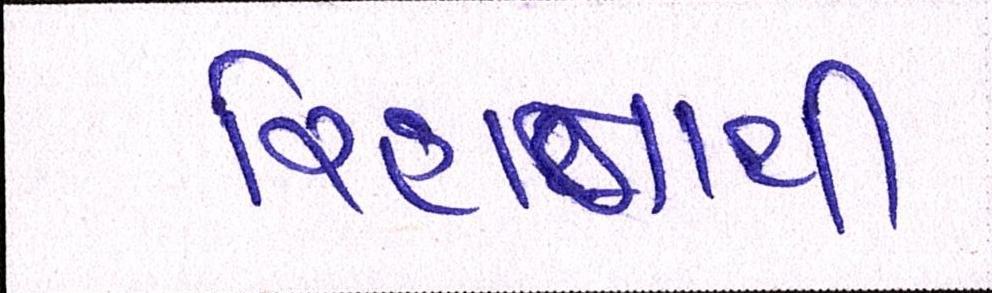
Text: રિહાનાથી